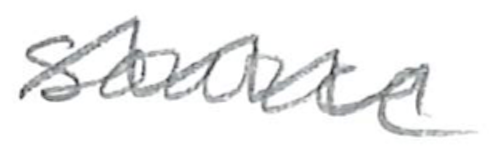
Text: source
Cross-out: wave
Writing tool: pencil